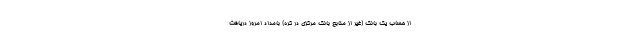
از حساب یک بانک (غیر از منابع بانک مرکزی در کره) بامداد امروز دریافت